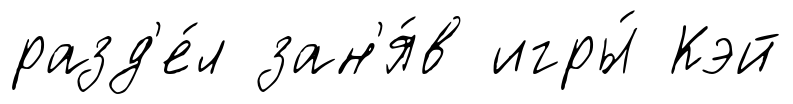
разд'е́л зан'я́в игры́ Кэй